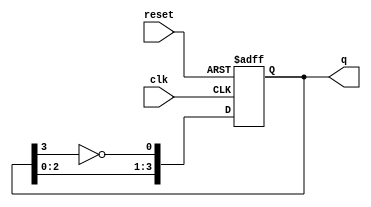
module johnson_counter (
    input wire clk,      // Clock signal
    input wire reset,    // Asynchronous reset signal
    output reg [3:0] q   // 4-bit output representing the counter state
);

// Always block triggered on the rising edge of the clock or asynchronous reset
always @(posedge clk or posedge reset) begin
    if (reset) begin
        // When reset is high, initialize the counter to 0000
        q <= 4'b0000;
    end else begin
        // Johnson counter state transition logic
        q[0] <= ~q[3];  // D0 receives inverted Q3
        q[1] <= q[0];   // D1 receives Q0
        q[2] <= q[1];   // D2 receives Q1
        q[3] <= q[2];   // D3 receives Q2
    end
end

endmodule